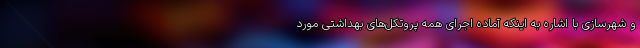
و شهرسازی با اشاره به اینکه آماده اجرای همه پروتکل‌های بهداشتی مورد